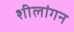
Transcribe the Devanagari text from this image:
शीलांगन